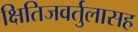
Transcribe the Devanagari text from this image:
क्षितिजवर्तुलासह